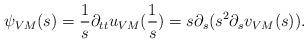
\begin{align*}\psi_{VM}(s) = \frac{1}s \partial_{tt} u_{VM}(\frac{1}s) = s \partial_s (s^2 \partial_s v_{VM}(s)).\end{align*}